Standards of the constituents of the urine and blood and the bearing of the metabolism of Bengalis on the problems of nutrition - Number 34
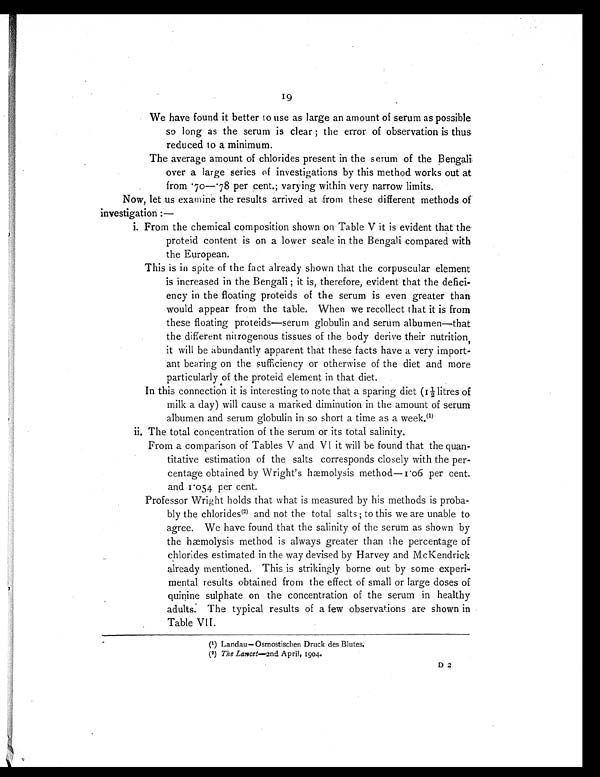
19
We have found it better to use as large an amount of serum as possible
so long as the serum is clear ; the error of observation is thus
reduced to a minimum.
The average amount of chlorides present in the serum of the Bengali
over a large series of investigations by this method works out at
from .70—.78 per cent.; varying within very narrow limits.
Now, let us examine the results arrived at from these different methods of
investigation :
—
i. From the chemical composition shown on Table V it is evident that the
proteid content is on a lower scale in the Bengali compared with
the European.
This is in spite of the fact already shown that the corpuscular element
is increased in the Bengali ; it is, therefore, evident that the defici
ency in the floating proteids of the serum is even greater than
would appear from the table. When we recollect that it is from
these floating proteids—serum globulin and serum albumen—that
t h e d i f f e r e n t n i t r o g e n o u s t i s s u e s o f t h e b o d y d e r i v e t h e i r n u t r i t i o n ,
it will be abundantly apparent that these facts have a very import-
ant bearing on the sufficiency or otherwise of the diet and more
particularly of the proteid element in that diet.
In this connection it is interesting to note that a sparing diet (1½ litres of
milk a day) will cause a marked diminution in the amount of serum
albumen and serum globulin in so short a time as a week.( 1 )
ii. The total concentration of the serum or its total salinity.
From a comparison of Tables V and VI it will be found that the quan-
titative estimation of the salts corresponds closely with the per-
centage obtained by Wright's hæmolysis method—1.06 per cent.
and 1.054 per cent.
Professor Wright holds that what is measured by his methods is proba-
bly the chlorides (2) and not the total salts ; to this we are unable to
agree. We have found that the salinity of the serum as shown by
the hæmolysis method is always greater than the percentage of
chlorides estimated in the way devised by Harvey and McKendrick
already mentioned. This is strikingly borne out by some experi-
mental results obtained from the effect of small or large doses of
quinine sulphate on the concentration of the serum in healthy
adults. The typical results of a few observations are shown in
Table VII.
(1) Landau—Osmostischen Druck des Blutes.
(2) The Lancet—2nd April, 1904.
D 2